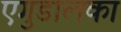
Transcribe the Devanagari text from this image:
एगुडालका